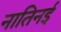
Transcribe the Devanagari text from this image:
नातिनई